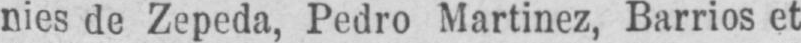
nies de Zepeda, Pedro Martinez, Barrios et